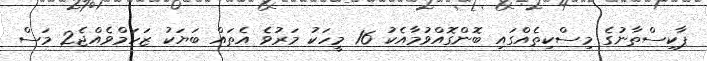
ޕާކިސްތާނުގެ މިސްކިތެއްގައި ބޮންގޮއްވުމާއެކު 16 މީހަކު މަރުވެ އެތައް ބަޔަކު ޒަހަމްވެއްޖެ2 މަސް